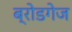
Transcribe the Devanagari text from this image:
ब्रोडगेज